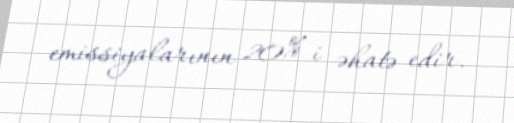
emissiyalarının 20%-i əhatə edir.